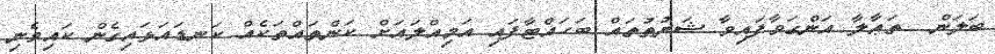
ބަލަން  ތަޢާލާ އަންގަވާފައިވާ ޝަރުޠުތައް ބަހައްޓާފައި އަމިއްލައަށް ކަންތައްތަކެއް ކަނޑައަޅައިގެން ކައިވެނި